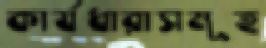
কার্যধারাসমূহ